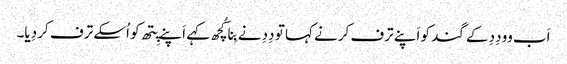
اَب وو دِدِ کے گند کو اَپنے ترف کرنے کہا تو دِدِ نے بِنا کُچھ کہے اَپنے پِتھ کو اُسکے ترف کر دِیا۔